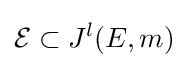
{\mathcal {E}}\subset J^{l}(E,m)